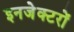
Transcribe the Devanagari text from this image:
इनजेक्टरों